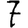
Digit: 7